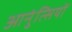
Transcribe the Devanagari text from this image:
आनुंत्सियों